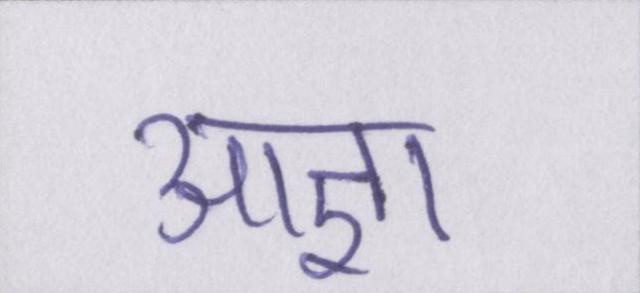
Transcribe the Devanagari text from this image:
आज्ञा